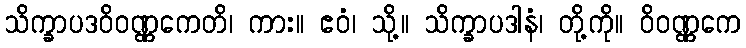
သိက္ခာပဒဝိဝဏ္ဏကေတိ၊ ကား။ ဧဝံ၊ သို့။ သိက္ခာပဒါနံ၊ တို့ကို။ ဝိဝဏ္ဏကေ